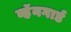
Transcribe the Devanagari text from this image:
व्हॅनगार्ड